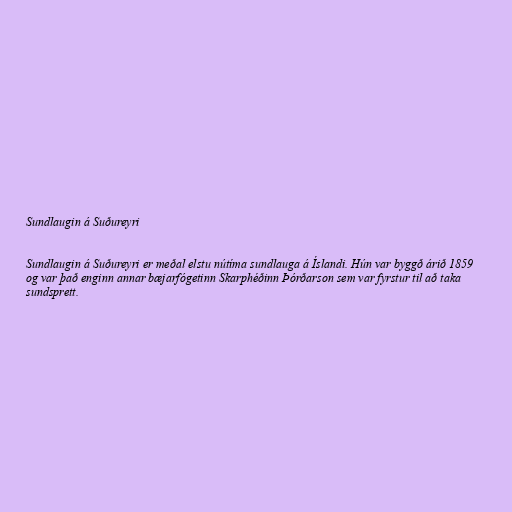
Sundlaugin á Suðureyri

Sundlaugin á Suðureyri er meðal elstu nútíma sundlauga á Íslandi. Hún var byggð árið 1859
og var það enginn annar bæjarfógetinn Skarphéðinn Þórðarson sem var fyrstur til að taka
sundsprett.